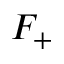
F _ { + }